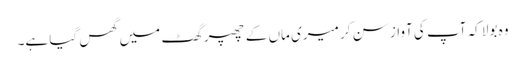
وہ بولا کہ آپ کی آواز سن کر میری ماں کے چھپر گھٹ میں گھس گیا ہے۔